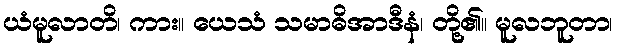
ယံမူလာတိ၊ ကား။ ယေသံ သမာဓိအာဒီနံ၊ တို့၏။ မူလဘူတာ၊